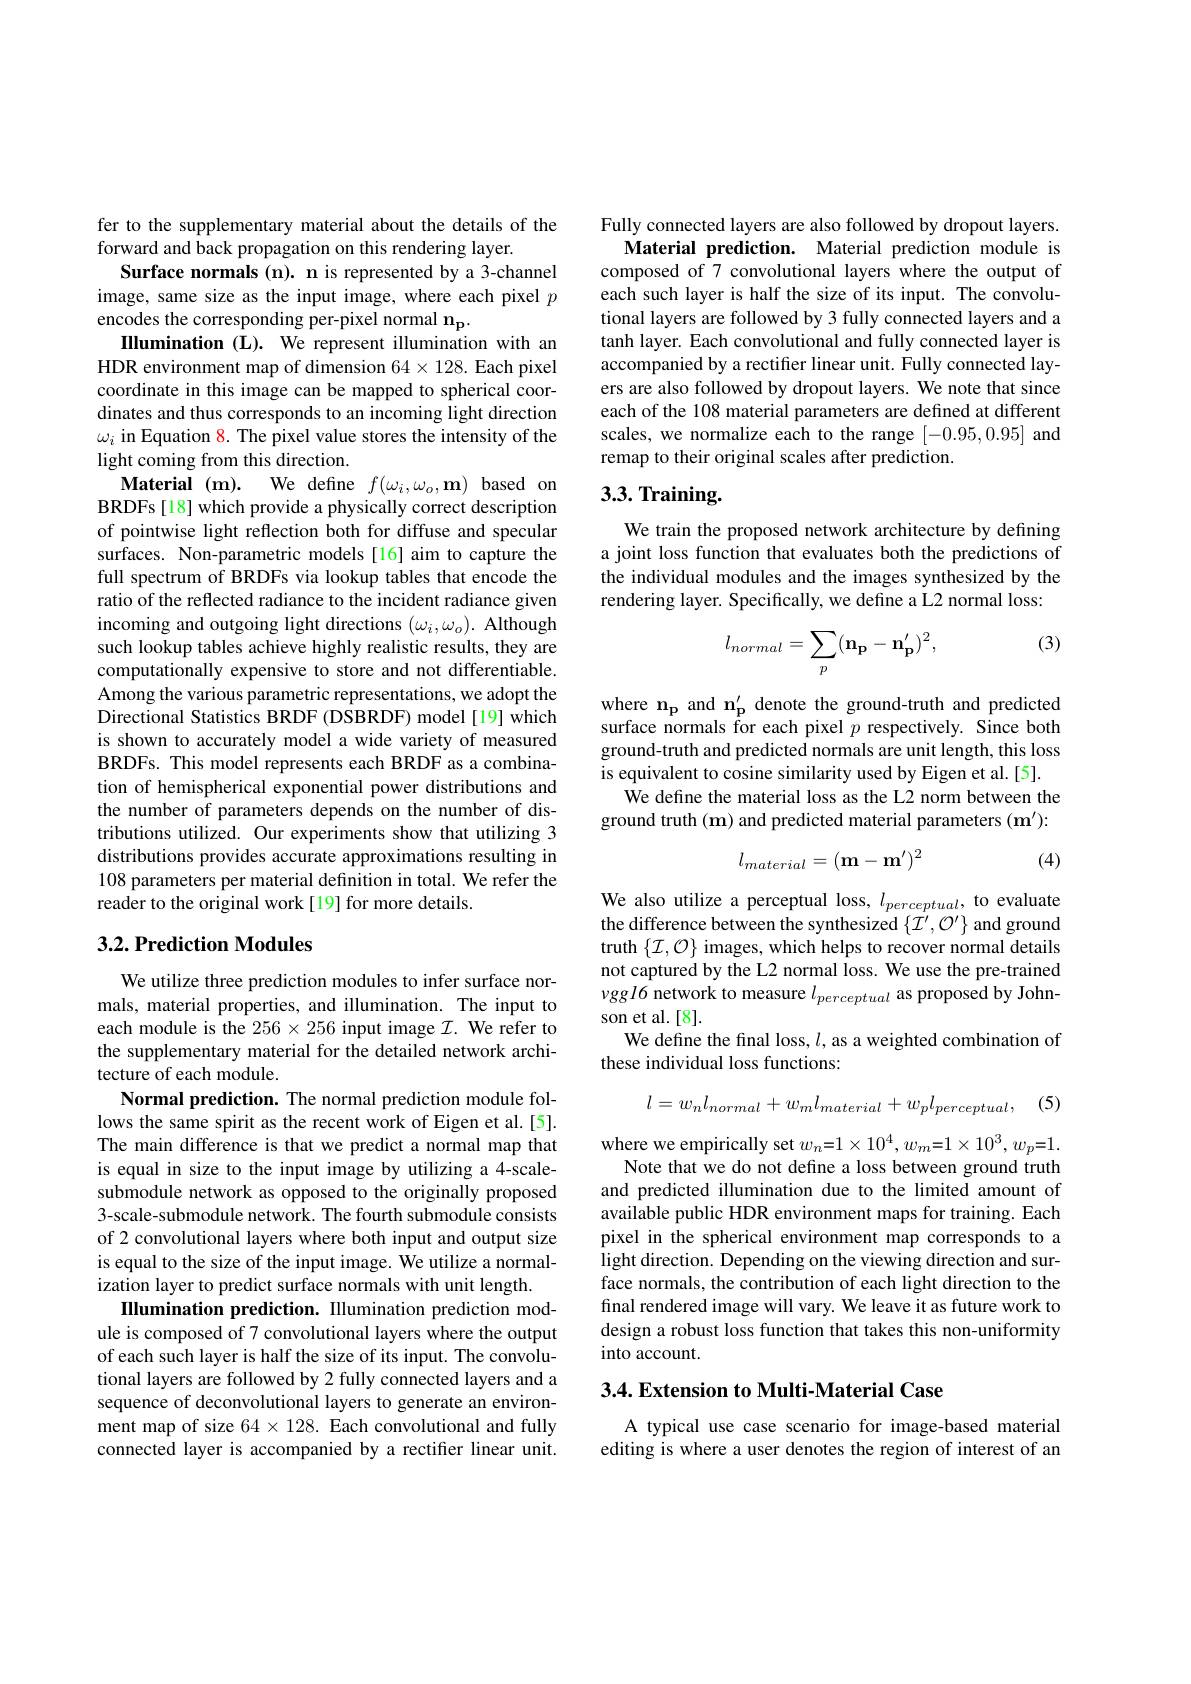
fer to the supplementary material about the details of the
forward and back propagation on this rendering layer.
Surface normals (n). n is represented by a 3-channel image, same size as the input image, where each pixel $p$ encodes the corresponding per-pixel normal $\mathbf{n_p}.$
Illumination (L). We represent illumination with an HDR environment map of dimension $64\times128.$ Each pixel coordinate in this image can be mapped to spherical coordinates and thus corresponds to an incoming light direction $\omega_i$ in Equation 8. The pixel value stores the intensity of the light coming from this direction.
Material (m). We define $f(\omega_{i},\omega_{o},\mathbf{m})$ based on BRDFs [18] which provide a physically correct description of pointwise light reflection both for diffuse and specular surfaces. Non-parametric models[16] aim to capture the full spectrum of BRDFs via lookup tables that encode the ratio of the reflected radiance to the incident radiance given incoming and outgoing light directions $(\omega_i,\omega_o).$ Although such lookup tables achieve highly realistic results, they are computationally expensive to store and not differentiable. Among the various parametric representations, we adopt the Directional Statistics BRDF (DSBRDF) model[19] which is shown to accurately model a wide variety of measured BRDFs. This model represents each BRDF as a combination of hemispherical exponential power distributions and the number of parameters depends on the number of distributions utilized. Our experiments show that utilizing 3 distributions provides accurate approximations resulting in 108 parameters per material definition in total. We refer the reader to the original work[19] for more details.

### $3. 2. \textbf{Prediction Modules}$

We utilize three prediction modules to infer surface normals, material properties, and illumination. The input to each module is the $256\times256$ input image $\mathcal{I}.$ We refer to the supplementary material for the detailed network architecture of each module.
Normal prediction. The normal prediction module follows the same spirit as the recent work of Eigen et al.[5]. The main difference is that we predict a normal map that is equal in size to the input image by utilizing a 4-scalesubmodule network as opposed to the originally proposed 3-scale-submodule network. The fourth submodule consists of 2 convolutional layers where both input and output size is equal to the size of the input image. We utilize a normalization layer to predict surface normals with unit length.
Illumination prediction. IIlumination prediction module is composed of 7 convolutional layers where the output of each such layer is half the size of its input. The convolutional layers are followed by 2 fully connected layers and a sequence of deconvolutional layers to generate an environment map of size $64\times128.$ Each convolutional and fully connected layer is accompanied by a rectiffer linear unit.

Fully connected layers are also followed by dropout layers.
Material prediction. Material prediction module is composed of 7 convolutional layers where the output of each such layer is half the size of its input. The convolutional layers are followed by 3 fully connected layers and a tanh layer. Each convolutional and fully connected layer is accompanied by a rectifier linear unit. Fully connected layers are also followed by dropout layers. We note that since each of the 108 material parameters are defined at different scales, we normalize each to the range [-0.95,0.95] and remap to their original scales after prediction.

# 3.3. Training.

We train the proposed network architecture by defining a joint loss function that evaluates both the predictions of the individual modules and the images synthesized by the rendering layer. Specifically, we define a L2 normal loss:

(3)
$$l_{normal}=\sum_{p}(\mathbf{n_{p}}-\mathbf{n_{p}^{\prime}})^{2},$$
where $\mathbf{n_{p}}$and n$_\mathbf{p}^{\prime}$denote the ground-truth and predicted surface normals for each pixel $p$ respectively. Since both ground-truth and predicted normals are unit length, this loss is equivalent to cosine similarity used by Eigen et al.[5].
We define the material loss as the L2 norm between the ground truth (m) and predicted material parameters (m'):

(4)
$$l_{material}=(\mathbf{m}-\mathbf{m}')^2$$
We also utilize a perceptual loss, $l_{perceptual}$, to evaluate the difference between the synthesized $\{\mathcal{I}^{\prime},\mathcal{O}^{\prime}\}$ and ground truth $\{\mathcal{I},\mathcal{O}\}$ images, which helps to recover normal details not captured by the L2 normal loss. We use the pre-trained $\nu ggl6$ network to measure $l_perceptual$ as proposed by Johnson et al.[8].
We define the final loss, $l$, as a weighted combination of
these individual loss functions:
$$l=w_nl_{normal}+w_ml_{material}+w_pl_{perceptual},$$
(5)

where we empirically set $w_n=1\times10^4,w_m{=}1\times10^3,w_p{=}1.$
Note that we do not define a loss between ground truth and predicted illumination due to the limited amount of available public HDR environment maps for training. Each pixel in the spherical environment map corresponds to a light direction. Depending on the viewing direction and surface normals, the contribution of each light direction to the final rendered image will vary. We leave it as future work to design a robust loss function that takes this non-uniformity into account.

### 3.4. Extension to Multi-Material Case

A typical use case scenario for image-based material editing is where a user denotes the region of interest of an